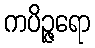
ကပိဉ္ဇရော